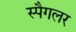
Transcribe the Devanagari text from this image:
स्पैगलर